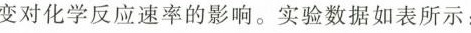
变对化学反应速率的影响。实验数据如表所示：